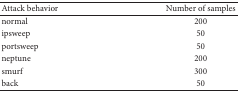
<table><thead><tr><td><b>Attack behavior </b></td><td><b>Number of samples</b></td></tr></thead><tbody><tr><td>normal</td><td>200</td></tr><tr><td>ipsweep</td><td>50</td></tr><tr><td>portsweep</td><td>50</td></tr><tr><td>neptune</td><td>200</td></tr><tr><td>smurf</td><td>300</td></tr><tr><td>back</td><td>50</td></tr></tbody></table>